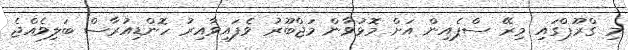
މި ގްރޫޕްގައި މިރޭ ސްޕެއިން އަށް މޮޅުވާން މަޖްބޫރު ވެފައިވާއިރު ހޮންޑިއުރާސް ބަލިވެއްޖެ